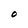
Character: O